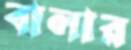
বালার